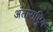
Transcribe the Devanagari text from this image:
अंताराष्ट्रिय